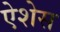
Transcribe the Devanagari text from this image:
ऐशेस